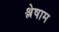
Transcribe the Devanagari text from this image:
श्लेषाम